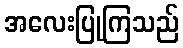
အလေးပြုကြသည်